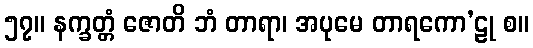
၅၇။ နက္ခတ္တံ ဇောတိ ဘံ တာရာ၊ အပုမေ တာရကော’ဠု စ။